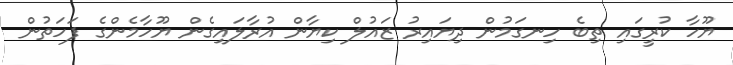
ޔޫހާ ކުރީގައި ތިބެ ހިނގަމުން ދިޔައިރު ޒައުލް ކިޔާން އުރާލައިގެން ޔޫހާމެންގެ ފަހަތުން